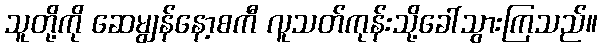
သူတို့ကို ဆေမျွန်နော့စကီ လူသတ်ကုန်းသို့ခေါ်သွားကြသည်။